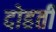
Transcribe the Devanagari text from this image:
दोहर्ती